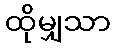
ထိုမျှသာ